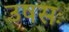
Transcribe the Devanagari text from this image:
उषसः